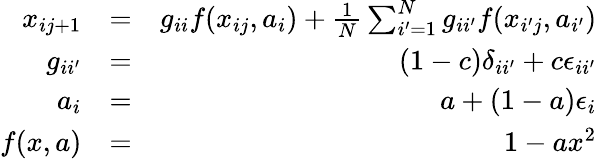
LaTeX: \begin{array}{rlr}{x_{ij+1}}&{=}&{g_{ii}f(x_{ij},a_{i})+\frac{1}{N}\sum_{i^{\prime}=1}^{N}g_{ii^{\prime}}f(x_{i^{\prime}j},a_{i^{\prime}})}\\ {g_{ii^{\prime}}}&{=}&{(1-c)\delta_{ii^{\prime}}+c\epsilon_{ii^{\prime}}}\\ {a_{i}}&{=}&{a+(1-a)\epsilon_{i}}\\ {f(x,a)}&{=}&{1-ax^{2}}\end{array}